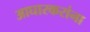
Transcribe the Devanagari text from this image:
आघारकरांना